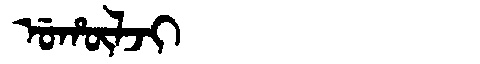
Manchu: ᡠᡥᡡᠯᠵᡳ
Romanization: UHŪLJI